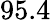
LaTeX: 95.4